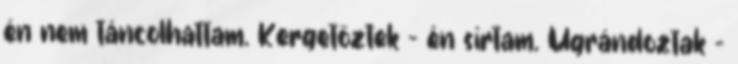
én nem táncolhattam. Kergetőztek - én sírtam. Ugrándoztak -